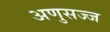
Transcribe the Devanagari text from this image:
अणुसज्ज